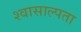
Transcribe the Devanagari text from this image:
श्वासाल्पता